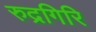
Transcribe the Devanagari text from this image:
रुद्रगिरि